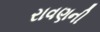
રાવણની